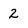
Character: 2